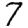
Digit: 7